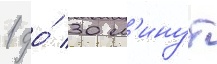
1 до́ 30 м'инут